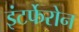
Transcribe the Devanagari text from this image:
इंटर्फेरोन